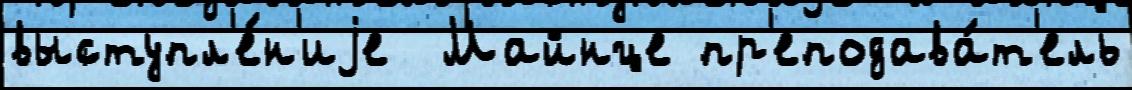
выступл'е́н'иjе  Майнце пр'еподава́т'ель